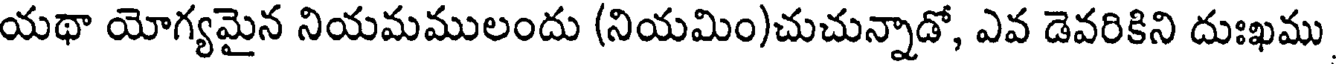
యథా యోగ్యమైన నియమములందు (నియమిం)చుచున్నాడో, ఎవ డెవరికిని దుఃఖము